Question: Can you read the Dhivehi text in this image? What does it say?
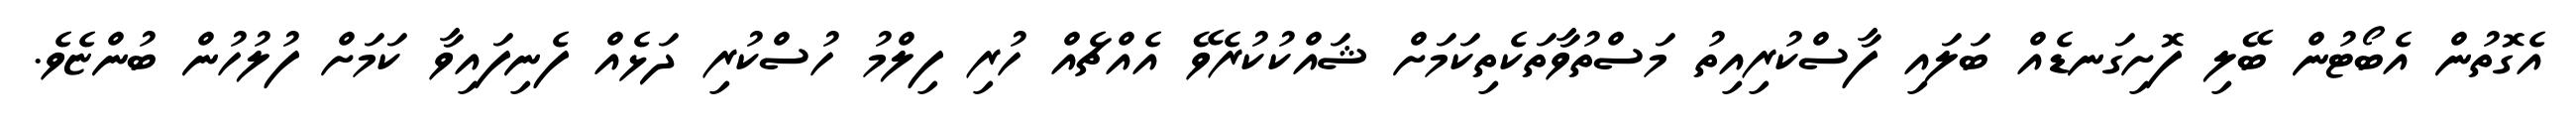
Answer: އެގޮތުން އެބޯޓުން ބޭލި ފޮށިގަނޑެއް ބަލައި ފާސްކުރިއިތު މަސްތުވާތަކެތިކަމަށް ޝައްކުކުރެވޭ އެއްޗެއް ހުރި ފިލްމު ހުސްކުރި ދަޅެއް ފެނިފައިވާ ކަމަށް ފުލުހުން ބުންޏެވެ.